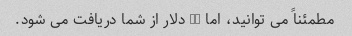
مطمئناً می توانید، اما 10 دلار از شما دریافت می شود.